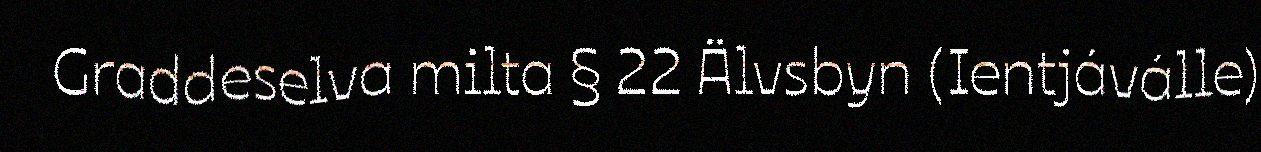
Graddeselva milta § 22 Älvsbyn (Ientjáválle)